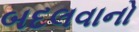
બદલવાનો